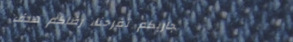
تجاربكم تفرحنا، رضاكم هدف